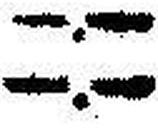
—.—